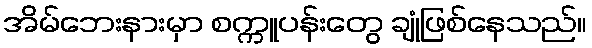
အိမ်ဘေးနားမှာ စက္ကူပန်းတွေ ချုံဖြစ်နေသည်။